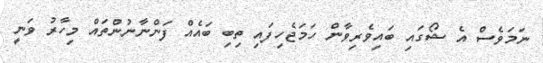
ނަމަވެސް އެ ޝޯގައި ބައިވެރިވާން ހަމަޖެހިފައި ތިބި ބައެއް ފަންނާނުންތައް މިހާރު ވަނީ